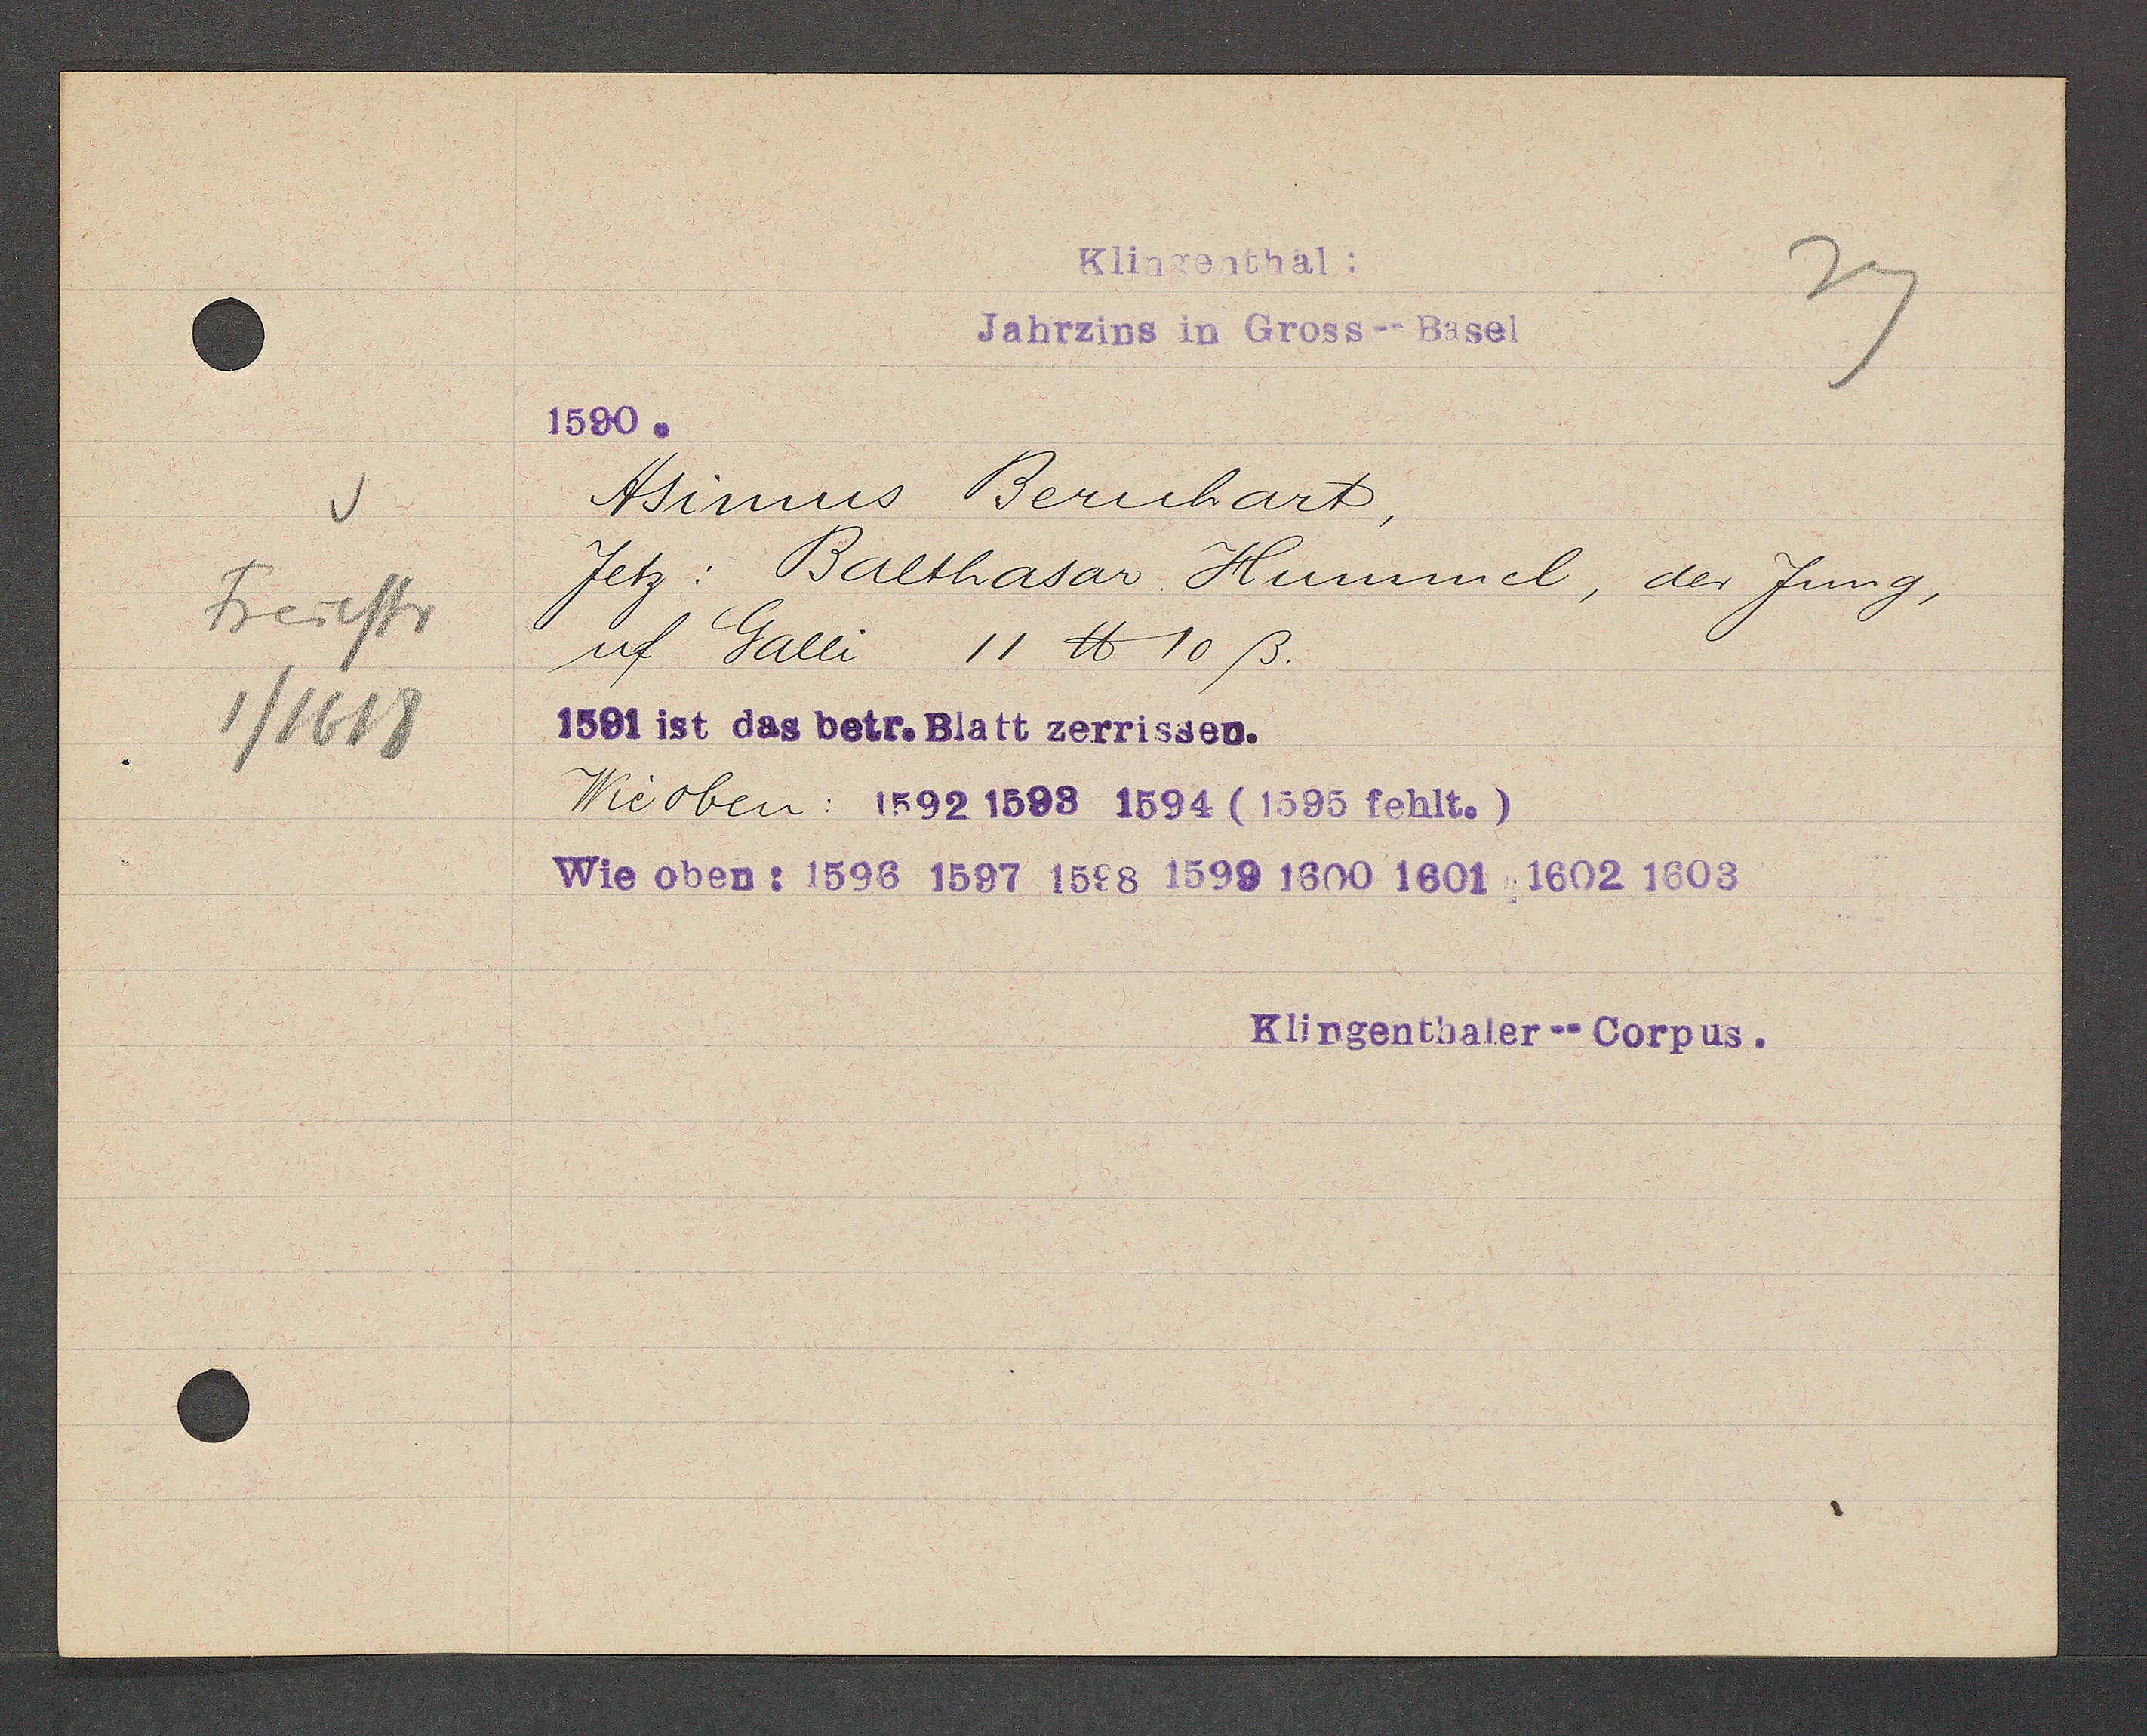
Transcript:
Freiestr
1/1618

Klingenthal:
Jahrzins in Gross--Basel

1590.
Asimus Bernhart,
Jetz: Balthasar Hummel, der Jung,
uf Galli
11℔ 10ß.
1591 ist das betr. Blatt zerrissen.
Wie oben: 1592 1593 1594 (1595 fehlt.)
Wie oben: 1596 1597 1598 1599 1600 1601 1602 1603

Klingenthaler--Corpus.